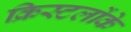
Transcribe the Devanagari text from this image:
क्रिस्टलोंके